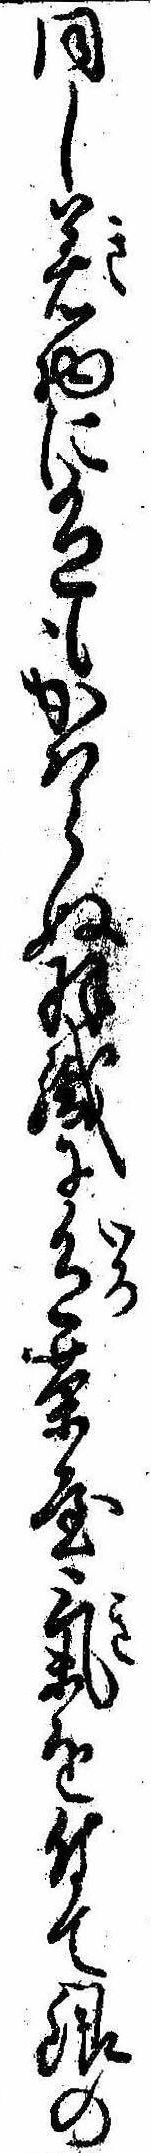
同し着物に色もかはらぬ羽織に色茶屋気を付て銀の